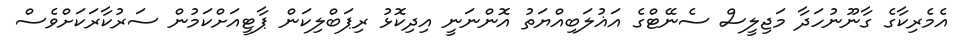
އެމެރިކާގެ ގާނޫނުހަދާ މަޖިލީސް ސެނޭޓްގެ އަޣުލަބިއްޔަތު އޮންނަނީ އިދިކޮޅު ރިޕަބްލިކަން ޕާޓީއަށްކަމުން ސަރުކާރަކަށްވެސް